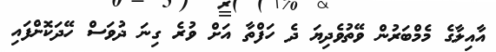
އާއިލާގެ މެމްބަރުން ވޭތުވެދިޔަ ދެ ހަފްތާ އަށް ވުރެ ގިނަ ދުވަސް ހޭދަކޮށްފައި